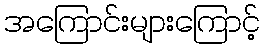
အကြောင်းများကြောင့်